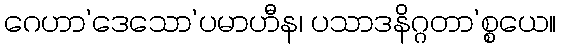
ဂေဟာ’ဒေသော’ပမာဟီန၊ ပသာဒနိဂ္ဂတာ’စ္စယေ။